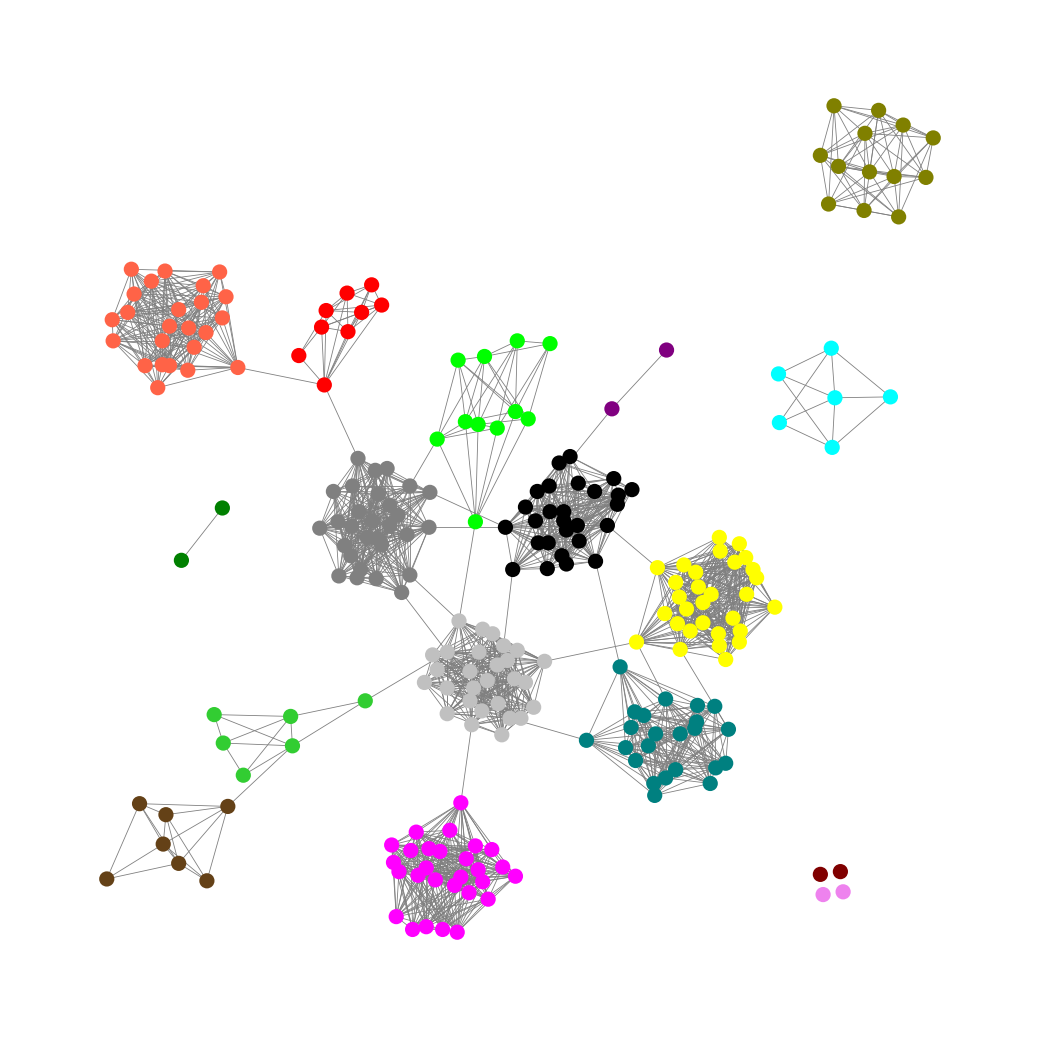
Graph connected: No
Number of connected components: 8
Number of singletons: 4
Total number of nodes: 249
Total number of edges: 1906
Number of communities: 17
Community sizes:
Aqua: 6
Black: 27
Fuchsia: 28
Gray: 29
Green: 2
Lime: 11
Lime Green: 6
Maroon: 2
Olive: 13
Pullman Brown: 7
Purple: 2
Red: 9
Silver: 28
Teal: 23
Tomato: 24
Violet: 2
Yellow: 30
Graph layout: tda
Graph generation method: erdos_renyi